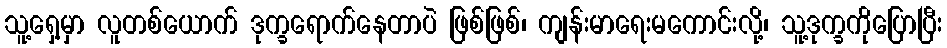
သူ့ရှေ့မှာ လူတစ်ယောက် ဒုက္ခရောက်နေတာပဲ ဖြစ်ဖြစ်၊ ကျန်းမာရေးမကောင်းလို့၊ သူ့ဒုက္ခကိုပြောပြီး